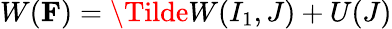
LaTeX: W(\mathbf{F})=\Tilde{W}(I_{1},J)+U(J)